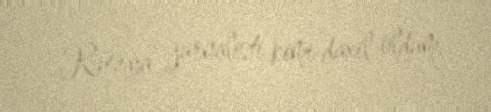
Rusiya jurnalisti kimi daxil oldum.